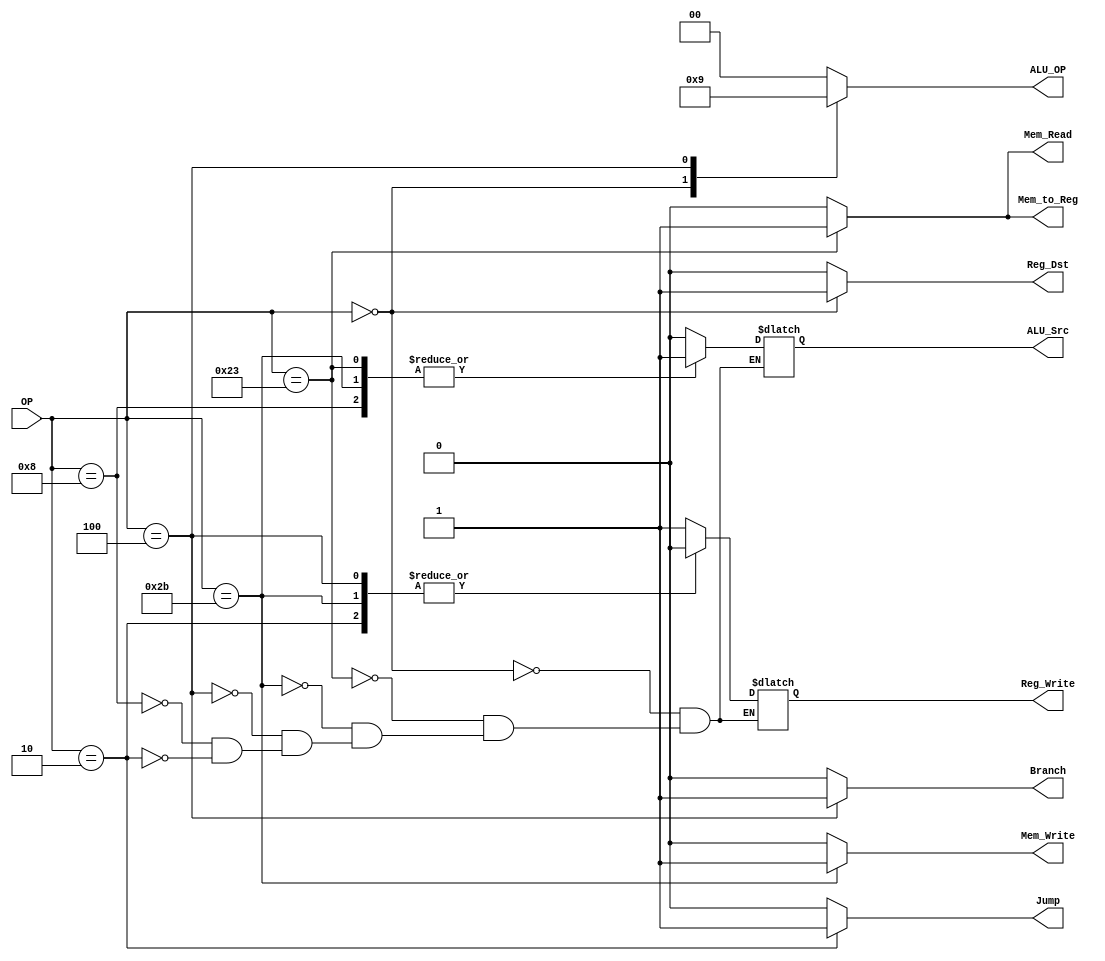
`timescale 1ns / 1ps

module Decoder(OP, Reg_Dst, Jump, Branch, Mem_Read, Mem_to_Reg, ALU_OP, Mem_Write, ALU_Src, Reg_Write);

	input [5:0] OP;
	output Reg_Dst, Jump, Branch, Mem_Read, Mem_to_Reg, Mem_Write, ALU_Src, Reg_Write;
	output [1:0] ALU_OP;
	
	/////  OP Code  /////
	//  R-type 000000  //
	//  load   100011  //
	//  store  101011  //
	//  beq    000100  //
	//  addi   001000  //
	//  j      000010  //
	/////////////////////
	
	assign Reg_Dst = (OP == 6'b000000) ? 1 : 0;
	assign Mem_Read = (OP == 6'b100011) ? 1 : 0;
	assign Mem_to_Reg = (OP == 6'b100011) ? 1 : 0;
	assign Mem_Write = (OP == 6'b101011) ? 1 : 0;
	
	////  ALUOP  ////
	//  R-type 10  //
	//  beq    01  //
	//  else   00  //
	/////////////////
	
	/* add your code here */
	reg [1:0] ALU_OP;
	reg Jump, Branch, ALU_Src, Reg_Write; 
	always@(*)begin
		Jump = 0;
		Branch = 0;
		case(OP)
			6'b000000: begin ALU_Src = 0; Reg_Write = 1; ALU_OP = 2'b10; end	// R-type
			6'b100011: begin ALU_Src = 1; Reg_Write = 1; ALU_OP = 2'b00; end	// load
			6'b101011: begin ALU_Src = 1; Reg_Write = 0; ALU_OP = 2'b00; end	// store
			6'b000100: begin ALU_Src = 0; Reg_Write = 0; ALU_OP = 2'b01; Branch = 1; end	// beq
			6'b001000: begin ALU_Src = 1; Reg_Write = 1; ALU_OP = 2'b00; end	// I-type
			6'b000010: begin ALU_Src = 0; Reg_Write = 0; ALU_OP = 2'b00; Jump = 1; end	// jump
			default: begin ALU_OP = 2'b00; end
		endcase
	end

	
endmodule